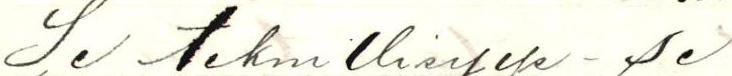
Se teknillisyys - se